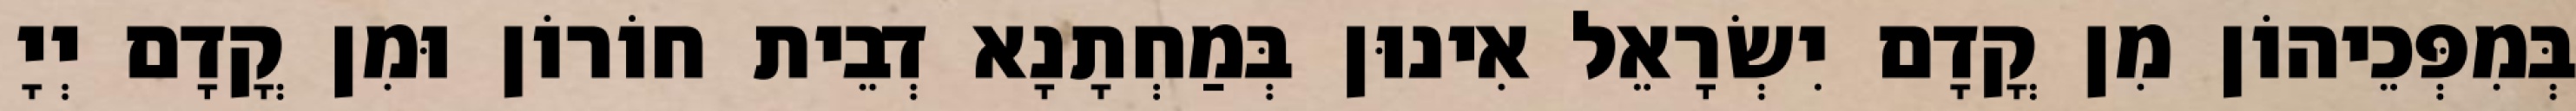
בְּמִפְּכֵיהוֹן מִן קֳדָם יִשְׂרָאֵל אִינוּן בְּמַחְתָנָא דְבֵית חוֹרוֹן וּמִן קֳדָם יְיָ